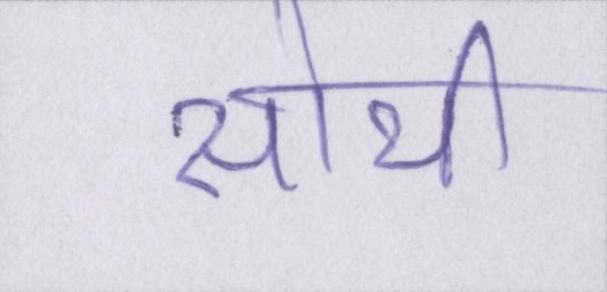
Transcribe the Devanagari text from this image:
सोयी